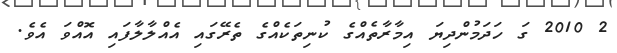
2 2010 ގަ ހަދަމުންދިޔަ އިމާރާތެއްގެ ކުނިތަކެއްގެ ތެރޭގައި އެއްލާލާފައި އޮއްވަ އެވެ.